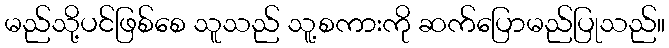
မည်သို့ပင်ဖြစ်စေ သူသည် သူ့စကားကို ဆက်ပြောမည်ပြုသည်။